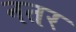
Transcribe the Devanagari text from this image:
नतर